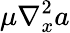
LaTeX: \mu\nabla_{x}^{2}a